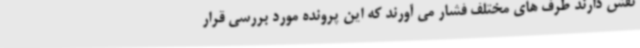
نقش دارند طرف های مختلف فشار می آورند که این پرونده مورد بررسی قرار